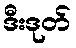
ဒီးဒုတ်